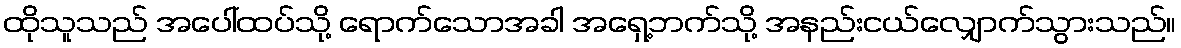
ထိုသူသည် အပေါ်ထပ်သို့ ရောက်သောအခါ အရှေ့ဘက်သို့ အနည်းငယ်လျှောက်သွားသည်။